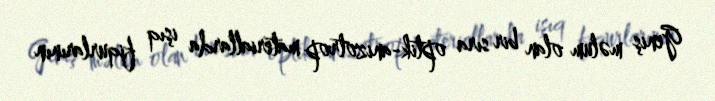
Geniş məlum olan bir sıra optik-anizotrop materiallarda işıq fiqurlarının